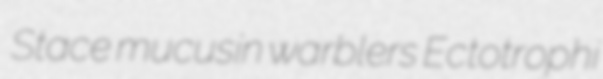
Stace mucusin warblers Ectotrophi